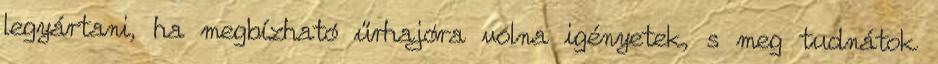
legyártani, ha megbízható űrhajóra volna igényetek, s meg tudnátok